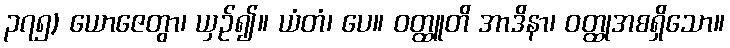
၃၇၅) ယောဇေတွာ၊ ယှဉ်၍။ ယံတံ၊ ပေ။ ဝတ္ထူတိ အာဒိနာ၊ ဝတ္ထုအစရှိသော။